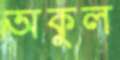
অকুল